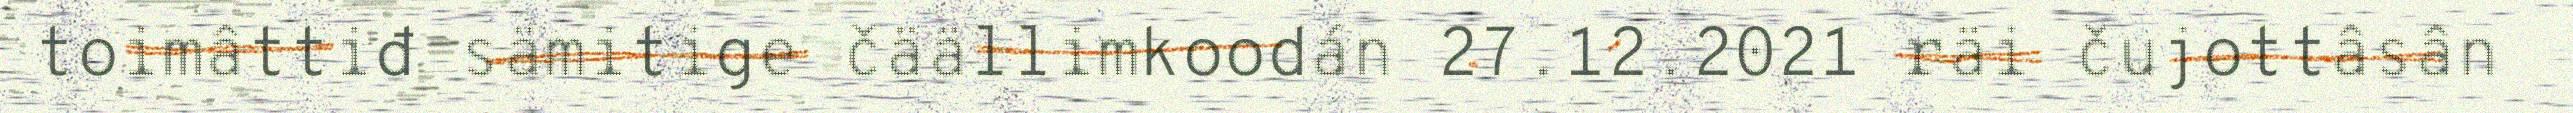
toimâttiđ sämitige čäällimkoodán 27.12.2021 räi čujottâsân